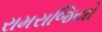
રામરાજિયો